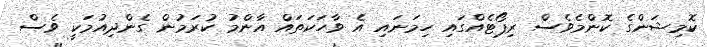
ކޮމިޝަންގެ ކޮންމެވެސް ރިޕޯޓެއްގައި ހިމަނައި އެ ވާހަކަތައް އާންމު ކުރަމުން ގެންދިއުމަކީ ވެސް